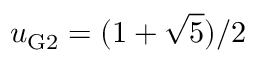
u _ { \mathrm { G 2 } } = { ( 1 + \sqrt { 5 } ) / 2 }